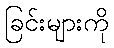
ခြင်းများကို